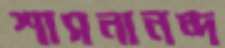
শাসনানন্দ